Calcutta medical institutions reports 1892-1900
Year: 1892
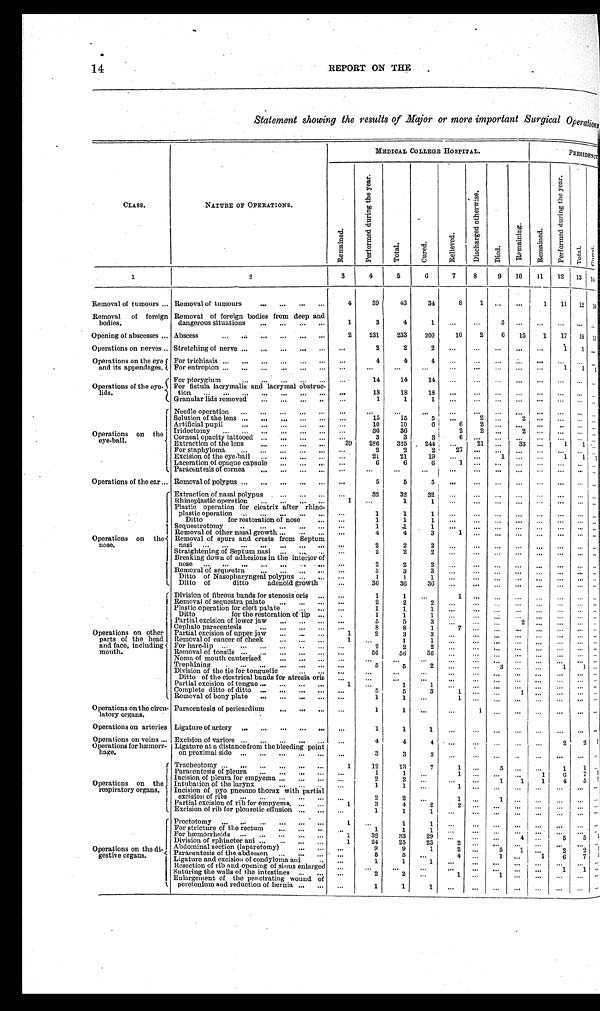
14
REPORT ON THE
Statement showing the results of Major or more important Surgical Operations
MEDICAL COLLEGE HOSPITAL.
PRES1DENCY
CLASS.
NATURE OF OPERATIONS.
R e m a i n e d .
P e r f o r m e d d u r i n g t h e y e a r .
T o t a l
C u r e d
R e l i v e d .
D i s c h a r g e d o t h e r w i s e .
D i e d .
R e m a i n i n g .
R e m a i n e d .
P e r f o r m e d d u r i n g t h e y e a r .
T o t a l .
C u r e d
1
2
3
4
5
6
7 8
9 10 11 12 13 14
Removal of tumours . . . Removal of tumours . . .
4
39
43
34
8 1
. . .
. . .
—
1
11 12 1 0
Removal of foreign
bodies.
Removal of foreign bodies from deep and
dangerous situations . . .
1
3
4
1
. . .
. . . . . .
. . .
. . . . . . . . . . . .
Opening of abscesses . . . Abscess . . .
2 231 233 200
10 2 6 15 1 17 18 1 1
Operations on nerves . . . Stretching of nerve . . .
. . .
2
2
2
. . . . . .
. . .
. . . . . .
1 1 . . .
Operations on the eye
and its appendages.
For trichiasis . . .
. . .
4
4
4
. . . . . .
. . .
. . . . . . . . . . . . . . .
For entropion . . .
. . .
. . .
. . .
. . .
. . . . . . . . . . . . . . .
1 1
1
Operations of the eye-
lids.
For pterygium . . .
. . .
14
14
14
. . . . . . . . . . . . . . .
. . . . . . . . .
For fistula lacrymalis and lacrymal obstruc-tion . . . . . . 18
18
18
. . . . . .
. . .
. . . . . .
. . . . . . . . .
Granular lids removed . . . . . .
1
1
1 . . . . . .
. . .
. . . . . .
. . . . . . . . .
Operations on the
eye-ball.
Needle operation . . .
. . .
. . .
. . .
. . .
. . . . . .
. . .
. . . . . .
. . . . . . . . .
Solution of the lens . . .
. . .
1 5
1 5
5
. . . 2 . . .
2 . . .
. . . . . . . . .
Artificial pupil . . .
. . . 10
10
6
6 2
. . .
. . . . . .
. . . . . . . . .
Iridectomy . . .
. . . 36
36
2
2 . . . 2
. . . . . . . . . . . .
Corneal opacity tattooed . . .
. . .
3
3
3 6
. . . . . . . . . . . . . . . . . . . . .
Extraction of the lens . . . 39 286 325 244
. . . 21
. . . 33 . . .
1 1 . . .
For staphyloma . . .
. . . .
2
2
2
27 . . .
. . .
. . . . . . . . . . . . . . .
Excision of the eye-ball . . .
. . . 21
21
19
. . . . . .
1
. . . . . . 1 1
1
Laceration of opaque capsule . . .
. . .
6
6
6
1 . . .
. . .
. . . . . .
. . . . . . . . .
Paracentesis of cornea . . .
. . . . . .
. . . . . .
. . .
. . .
. . .
. . . . . .
. . . . . . . . .
Operations of the ear . . .
I
Removal of polypus . . . . . .
5
5
5 . . .
. . . . . .
. . . . . . . . . . . . . . .
Extraction of nasal polypus . . . . . .
32
32
32 . . .
. . .
. . . . . . . . .
. . . . . . . . .
Rhinoplastic operation . . .
1
. . . . .
1
1
. . . . . .
. . . . . .
. . . . . . . . . . . .
Plastic operation for cicatrix after rhino-
plastic operation . . .
. . .
1
1
1
. . . . . .
. . . . . . . . .
. . . . . . . . .
Ditto for restoration of nose . . .
. . .
1
1
1
. . . . . . . . .
. . . . . . . . . . . . . . .
Sequestrotomy . . .
. . .
1
.1
1 . . .
. . .
. . .
. . .
. . . . . . . . . . . .
Removal of other nasal growth . . .
. . .
4
4
3
1
. . . . . .
. . . . . . . . . . . . . . .
Operations on the
nose
Removal of spurs and crests from Septum nasi . . . . . .
2
2
2 . . .
. . . . . .
. . . . . .
. . . . . . . . .
Straightening of Septum nasi . . .
. . .
2
2
2 . . .
. . . . . .
. . . . . . . . . . . . . . .
Breaking down of adhesions in the interior of n o s e
. . .
. . .
2
2
2 . . .
. . . . . . . . . . . .
. . . . . . . . .
Removal of sequestra . . .
. . . . . .
3
3
3 . . .
. . . . . . . . . . . .
. . . . . . . . .
Ditto of Nasopharyngeal polypus . . . . . .
1
1
1 . . .
. . . . . .
. . . . . . . . . . . . . . .
Ditto of ditto adenoid growth
. . .
36
36
36
. . . . . . . . . . . . . . .
. . . . . . . . .
Operations on other
parts of the head
and face, including j
mouth.
Division of fibrous bands for stenosis oris . . .
. . .
1
1
. . .
1
. . . . . .
. . . . . . . . . . . . . . .
Removal of sequestra palate . . .
. . .
2
2
2
. . . . . . . . . . . . . . . . . . . . . . . .
Plastic operation for cleft palate . . .
. . .
1
1.
1 . . .
. . .
. . .
. . . . . .
. . . . . . . . . .
Ditto for the restoration of lip . . . .
1
1
1 . . . . . . . . .
. . . . . . . . . . . . . . .
Partial excision of lower jaw . . . . . .
5
5
3
. . . . . . . . .
. . 2 . . . .
. . . . . . . . .
Cephalo paracentesis . . . . . .
8
8
1
7
. . . . . .
. . . . . . . . . . . . . . .
Partial excision of upper jaw . . .
1
2
3
3
. . . . . . . . .
. . . . . .
. . . . . . . . .
Removal of cancer of cheek . . .
1
. . .
1
1
. . . . . .
. . .
. . . . . .
. . . . . . . . .
For hare-lip . . . . . .
2
2
2 . . . . . .
. . .
. . . . . . . . . . . . . . .
Removal of tonsils . . .
. . .
56
56
56
. . . . . . . . .
. . . . . . . . . . . . . . .
Noma of mouth cauterised . . .
. . .
. . .
. . .
. . .
. . . . . .
. . .
. . . . . .
. . . . . . . . .
Trephining . . .
. . .
5
5
2 . . . . . .
3
. . . . . . 1 1 . . .
Division of the tie for tonguetic . . .
. . .
. . .
. . .
. . .
. . . . . .
. . .
. . . . . . . . . . . . . . .
Ditto of the cicatrical bands for atresia oris . . .
. . .
. . .
. . .
. . . . . .
. . .
. . . . . .
. . . . . . . . .
Partial excision of tongue . . .
1
. . .
1
1 . . . . . . . . . . . . . . .
. . . . . . . . .
C o m p l e t e d i t t o o f d i t t o . . .
. . .
5
5
3
1 . . .
. . . 1
. . . . . . . . . . . .
Removal of bony plate . . .
. . .
1
1
. . .
1
. . . . . .
. . . . . . . . . . . . . . .
Operations on the circu-
latory organs.
Paracentesis of pericardium . . .
. . .
1
1 . . .
. . .
1 . . .
. . . . . . . . . . . . . . .
Ligature of artery . . . . . .
1
1
1
. . . . . .
. . .
. . . . . .
. . . . . . . . .
Operations on arteries
Operations on veins . . . Excision of varices . . . . . .
4
4
4 . . . . . .
. . .
. . . . . .
2 2
Ligature at a distance from the bleeding point
on proximal side . . .
Operations for hæmorr-
hage.
. . .
3
3
3 . . . . . .
. . . . . . . . .
. . . . . . . . .
Operations on the
respiratory organs.
Tracheotomy . . .
1
12
13
7
1
. . . 5 . . . . . .
1 1
. . .
Paracentesis of pleura . . .
. . .
1
1
. . .
1 . . .
. . . . . . 1
6 7 . . .
Incision of pleura for empyema . . . . . .
2
2
. . .
. . . . . .
1 1 1
4 5 . . .
Intubation of the larynx . . .
. . .
1
1
. . .
1
. . .
. . . . . . . . . . . . . . . . . .
Incision of pyo pneumo thorax with partial
excision of ribs . . .
. . .
2
2
. . .
1
. . . 1
. . . . . .
. . . . . . . . .
Partial excision of rib for empyema . . .
1
3
4
2 2
. . .
. . . . . . . . . . . . . . . . . .
Excision of rib for pleuretic effusion . . .
. . .
1
1
1 . . .
. . . . . . . . . . . .
. . . . . . . . .
Operations on the di-
gestive organs.
Proctotomy . . .
1
. . .
1
1 . . .
. . . . . .
. . . . . . . . . . . . . . .
For stricture of the rectum . . .
. . .
1
1
1
. . . . . .
. . .
. . . . . .
. . . . . . . . .
For hæmorrhoids . . . 1
32
33
29 •
. . . . . .
. . .
4
. . . 5 5 5
Division of sphincter ani . . . 1
24
25
23
2
. . . . . .
. . . . . . . . . . . . . . .
Abdominal section (laparotomy) . . .
. . .
9
9
1
2 . . .
5 1 . . .
2 2 1
Paracentesis of the abdomen . . . . . .
5
5
. . .
4
. . .
1
. . .
1
6 7 1
Ligature and excision of condyloma ani
. . .
1
1
1
. . . . . .
. . .
. . . . . . . . . . . . . . .
Resection of rib and opening of sinus enlarged
. . .
. . .
. . .
. . .
. . . . . . . . . . . .
. . . 1 1
. . .
Suturing the walls of the intestines . . .
. . .
2
2
. . . 1
. . . 1 . . .
. . . . . .
Enlargement of the penetrating wound of
peretonium and reduction of hernia . . . . . .
1
1
1 . . . . . .
. . .
. . . . . .
. . . . . . . . .